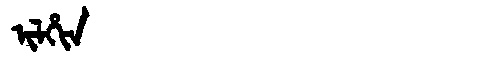
Manchu: ᡳᠯᡥᡳᠨ
Romanization: ILHIN